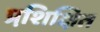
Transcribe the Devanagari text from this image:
प्रशि़क्षित